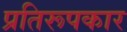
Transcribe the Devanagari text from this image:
प्रतिरूपकार